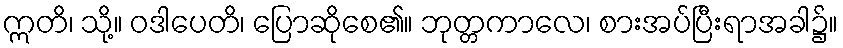
ဣတိ၊ သို့။ ဝဒါပေတိ၊ ပြောဆိုစေ၏။ ဘုတ္တကာလေ၊ စားအပ်ပြီးရာအခါ၌။